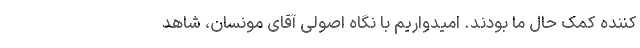
کننده کمک حال ما بودند. امیدواریم با نگاه اصولی آقای مونسان، شاهد